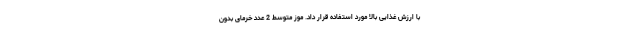
با ارزش غذایی بالا مورد استفاده قرار داد. موز متوسط 2 عدد خرمای بدون